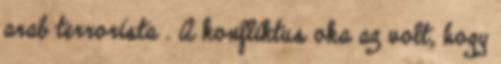
arab terrorista . A konfliktus oka az volt, hogy